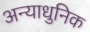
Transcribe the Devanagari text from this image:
अन्याधुनिक